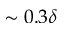
\sim 0 . 3 \delta